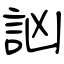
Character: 訩